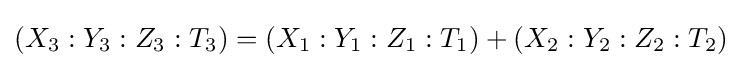
(X_{3}:Y_{3}:Z_{3}:T_{3})=(X_{1}:Y_{1}:Z_{1}:T_{1})+(X_{2}:Y_{2}:Z_{2}:T_{2})